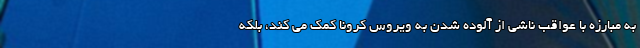
به مبارزه با عواقب ناشی از آلوده شدن به ویروس کرونا کمک می کند، بلکه